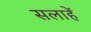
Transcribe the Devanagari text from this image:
सलाहें